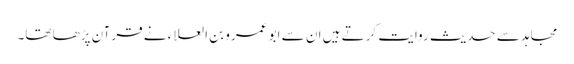
مجاہد سے حدیث روایت کرتے ہیں ان سے ابو عمرو بن العلاء نے قرآن پڑھا تھا۔